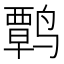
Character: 𫜃